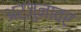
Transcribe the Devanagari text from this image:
अर्जुनावर